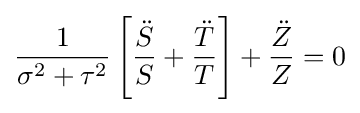
{\frac {1}{\sigma ^{2}+\tau ^{2}}}\left[{\frac {\ddot {S}}{S}}+{\frac {\ddot {T}}{T}}\right]+{\frac {\ddot {Z}}{Z}}=0